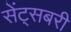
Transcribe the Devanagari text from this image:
सेंट्सबरी